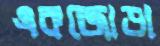
একজোড়া